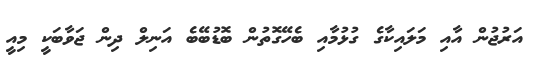
އަރުޖުން އާއި މަލައިކާގެ ގުޅުމާއި ބެހޭގޮތުން ބޮޑުބޭބެ އަނިލް ދިން ޖަވާބަކީ މިއީ